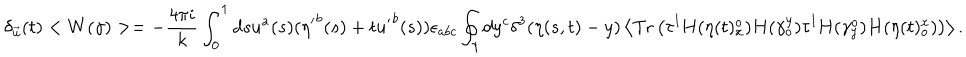
\delta _ { \vec { u } } ( t ) < W ( \gamma ) > = - { \frac { 4 \pi i } { k } } \int _ { 0 } ^ { 1 } d s u ^ { a } ( s ) ( { \eta ^ { \prime } } ^ { b } ( s ) + t { u ^ { \prime } } ^ { b } ( s ) ) \epsilon _ { a b c } \oint _ { \gamma } d y ^ { c } \delta ^ { 3 } ( \eta ( s , t ) - y ) \left< \mathrm { T r } \left( \tau ^ { l } H ( \eta ( t ) _ { x } ^ { o } ) H ( \gamma _ { o } ^ { y } ) \tau ^ { l } H ( \gamma _ { y } ^ { o } ) H ( \eta ( t ) _ { o } ^ { x } ) \right) \right> .